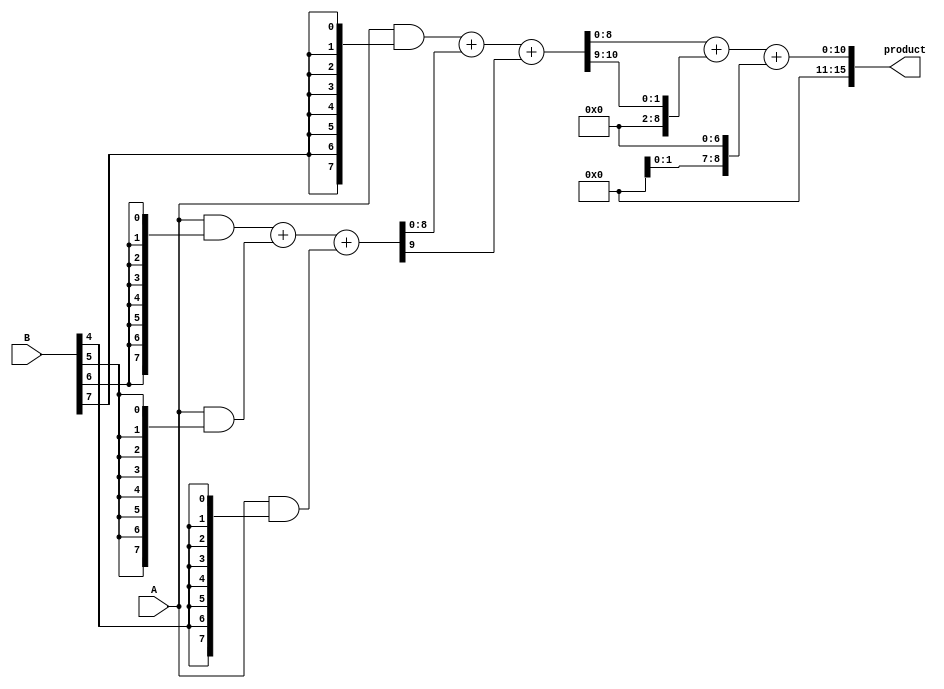
module wallace_tree_multiplier #(parameter N = 8)(
    input [N-1:0] A,
    input [N-1:0] B,
    output [2*N-1:0] product
);

// Internal Signals
wire [N-1:0] pp [0:N-1]; // Partial products
wire [N:0] sum [0:N-1];  // Sums for carry-save addition
wire [N:0] carry [0:N-1];// Carries for carry-save addition

// Generate Partial Products
genvar i, j;
generate
    for (i = 0; i < N; i = i + 1) begin: pp_gen
        assign pp[i] = A & {N{B[i]}};
    end
endgenerate

// Wallace Tree Reduction
generate
    for (i = 0; i < N; i = i + 1) begin: wallace_tree
        // Sum and Carry Initialization
        if (i == 0) begin
            assign sum[i] = pp[i];
            assign carry[i] = 0;
        end else begin
            // Using Carry Save Adders (CSAs) to reduce partial products
            if (i % 3 == 0) begin
                assign {carry[i], sum[i]} = pp[i] + pp[i-1] + pp[i-2]; // 3 inputs
            end else if (i % 3 == 1) begin
                assign {carry[i], sum[i]} = pp[i] + sum[i-1] + carry[i-1]; // 2 inputs from previous
            end else begin
                assign {carry[i], sum[i]} = p[i] + sum[i-1] + carry[i-1]; // Combine
            end
        end
    end
endgenerate

// Final Addition
wire [2*N-1:0] final_sum;
wire [N:0] final_carry;
assign final_sum = sum[N-1] + carry[N-1];

// Produce the final Product
assign product = final_sum + final_carry;

endmodule